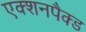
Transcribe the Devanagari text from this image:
एक्शनपैक्ड